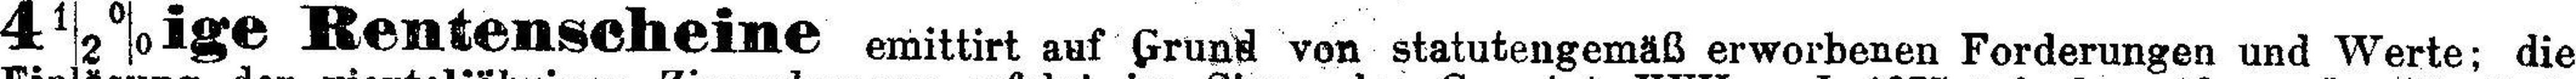
4½%ige Rentenscheine emittirt auf Grund von statutengemäß erworbenen Forderungen und Werte; die